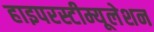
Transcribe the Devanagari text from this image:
हाइपरस्टीम्यूलेशन